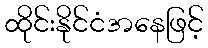
ထိုင်းနိုင်ငံအနေဖြင့်